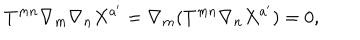
T ^ { m n } \nabla _ { m } \nabla _ { n } X ^ { a ^ { \prime } } = \nabla _ { m } ( T ^ { m n } \nabla _ { n } X ^ { a ^ { \prime } } ) = 0 ,